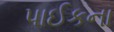
પાઈકના